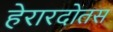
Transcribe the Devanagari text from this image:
हेरारदोतस